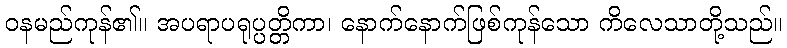
ဝနမည်ကုန်၏။ အပရာပရုပ္ပတ္တိကာ၊ နောက်နောက်ဖြစ်ကုန်သော ကိလေသာတို့သည်။